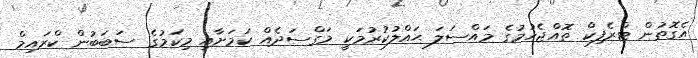
އެގޮތުން ޓްރެފިކް ތޮއްޖެހުމުގެ މައްސަލަ ޙައްލުކުރުމަކީ މަގްސަދެއް ކަމަށާއި މިކަމުގެ ސަބަބުން ކްރައިމް